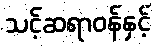
သင့်ဆရာဝန်နှင့်